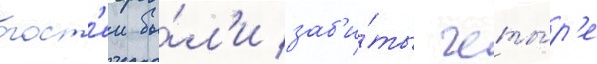
гост'еи бы́л'и заб'и́ты четы́р'е